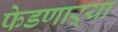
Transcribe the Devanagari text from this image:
फेडणाऱ्या